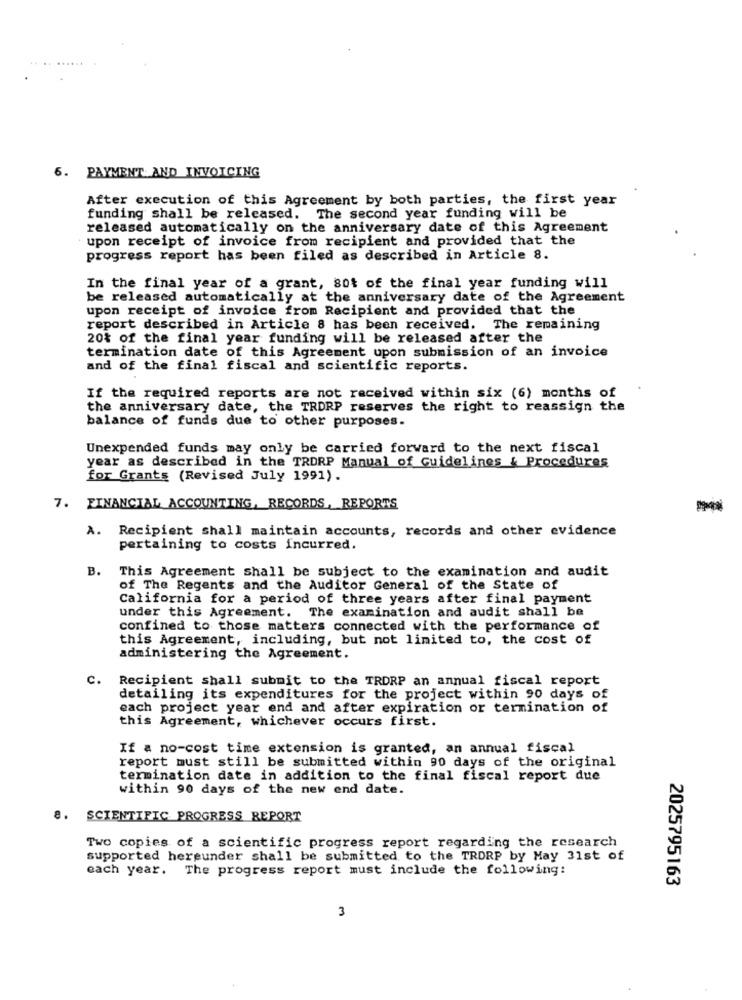
6. PAYMENT AND INVOICING
After execution of this Agreement by both parties, the first year
funding shall be released. The second year funding will be
released automatically on the anniversary date of this Agreement
upon receipt of invoice from recipient and provided that the
progress report has been filed as described in Article 8.
In the final year of a grant, sot of the final year funding will
be released automatically at the anniversary date of the Agreement
upon receipt of invoice from Recipient and provided that the
report described in Article 8 has been received. The remaining
20% of the final year funding will be released after the
termination date of this Agreement upon submission of an invoice
and of the final fiscal and scientific reports.
If the required reports are not received within six (6) months of
the anniversary date, the TRORP reserves the right to reassign the
balance of funds due to other purposes.
Unexpended funds may only be carried forward to the next fiscal
year as described in the TRORP Manual of Guidelines & Procedures
for Grants (Revised July 1991).
7. FINANCIAL ACCOUNTING, RECORDS, REPORTS
-
A.
Recipient shall maintain accounts, records and other evidence
pertaining to costs incurred.
B.
This Agreement shall be subject to the examination and audit
of The Regents and the Auditor General of the State of
California for a period of three years after final payment
under this Agreement. The examination and audit shall be
confined to those matters connected with the performance of
this Agreement, including, but not limited to, the cost of
administering the Agreement.
c.
Recipient shall submit to the TRORP an annual fiscal report
detailing its expenditures for the project within 90 days of
each project year end and after expiration or termination of
this Agreement, whichever occurs first.
If a no-cost time extension is granted, an annual fiscal
report must still be submitted within 90 days of the original
termination date in addition to the final fiscal report due
within 90 days of the new end date.
8.
SCIENTIFIC PROGRESS REPORT
Two copies of a scientific progress report regarding the research
supported hereunder shall be submitted to the TRORP by May 31st of
each year. The progress report must include the following:
2025795163
3